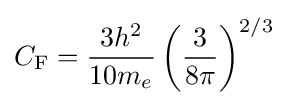
C_{\text{F}}={\frac {3h^{2}}{10m_{e}}}\left({\frac {3}{8\pi }}\right)^{2/3}